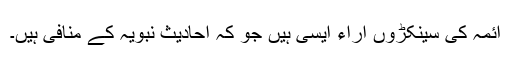
ائمہ کی سینکڑوں آراء ایسی ہیں جو کہ احادیث نبویہ کے منافی ہیں۔